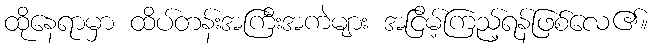
ထိုနေရာမှာ ထိပ်တန်းအကြီးအကဲများ အငြိမ့်ကြည့်ရန်ဖြစ်လေ၏။